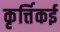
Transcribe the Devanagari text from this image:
कृर्त्तिकई